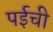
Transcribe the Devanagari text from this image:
पईची